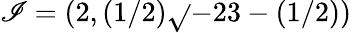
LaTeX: \mathscr{I}=(2,(1/2){\sqrt{}{{-23}}}-(1/2))